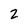
Character: 2